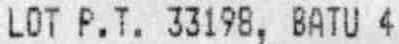
LOT P.T. 33198, BATU 4